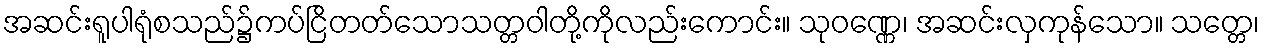
အဆင်းရူပါရုံစသည်၌ကပ်ငြိတတ်သောသတ္တဝါတို့ကိုလည်းကောင်း။ သုဝဏ္ဏေ၊ အဆင်းလှကုန်သော။ သတ္တေ၊